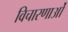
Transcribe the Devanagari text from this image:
विचारणाओं